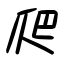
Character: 爬